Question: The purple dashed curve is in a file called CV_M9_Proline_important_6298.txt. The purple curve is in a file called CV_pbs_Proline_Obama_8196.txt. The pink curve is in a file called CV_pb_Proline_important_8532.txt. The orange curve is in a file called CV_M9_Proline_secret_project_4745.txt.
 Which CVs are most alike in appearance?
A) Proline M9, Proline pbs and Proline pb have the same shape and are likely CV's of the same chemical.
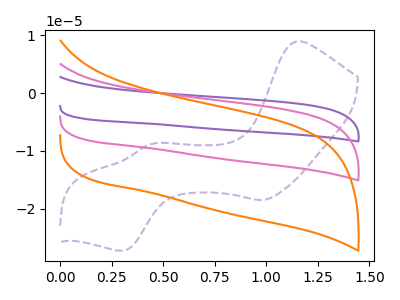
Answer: <think>The purple dashed curve "Proline M9" has anodic peaks at (1.15V, 8.95uA) (0.45V, -8.85uA) and cathodic peaks at (1.00V, -18.50uA) (0.30V, -27.30uA). The purple curve "Proline pbs" has no peaks. The pink curve "Proline pb" has no peaks. The orange curve "Proline M9" has no peaks.
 "Proline M9" and "Proline pbs" have a different number of peaks. "Proline M9" and "Proline pb" have a different number of peaks. "Proline M9" and "Proline M9" have a different number of peaks. Neither "Proline pbs" or "Proline pb" have any peaks. Neither "Proline pbs" or "Proline M9" have any peaks. Neither "Proline pb" or "Proline M9" have any peaks.</think>
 <answer>A) "Proline M9", "Proline pbs" and "Proline pb" have the same shape and are likely CV's of the same chemical.</answer>
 <eval>A</eval>